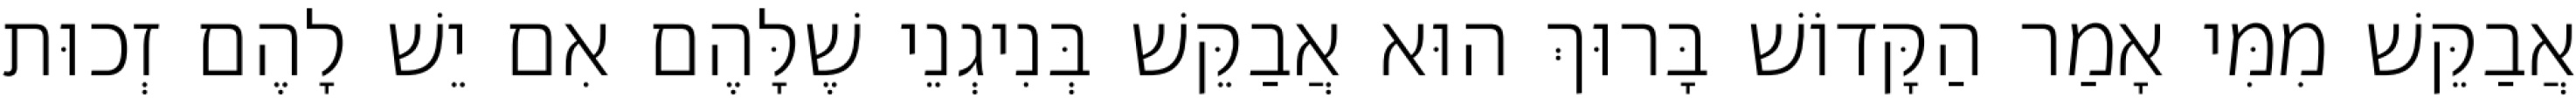
אֲבַקֵּשׁ מִמִּי אָמַר הַקָּדוֹשׁ בָּרוּךְ הוּא אֲבַקֵּשׁ בְּנִיגְנֵי שֶׁלָּהֶם אִם יֵשׁ לָהֶם זְכוּת